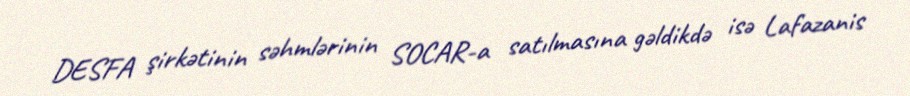
DESFA şirkətinin səhmlərinin SOCAR-a satılmasına gəldikdə isə Lafazanis